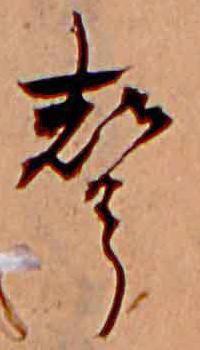
声